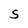
Character: S